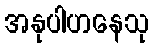
အနုပါဟနေသု